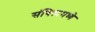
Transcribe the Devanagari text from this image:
संचितामध्ये